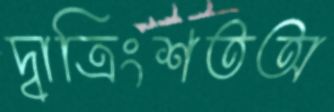
দ্বাত্রিংশতঅ